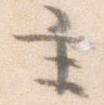
主